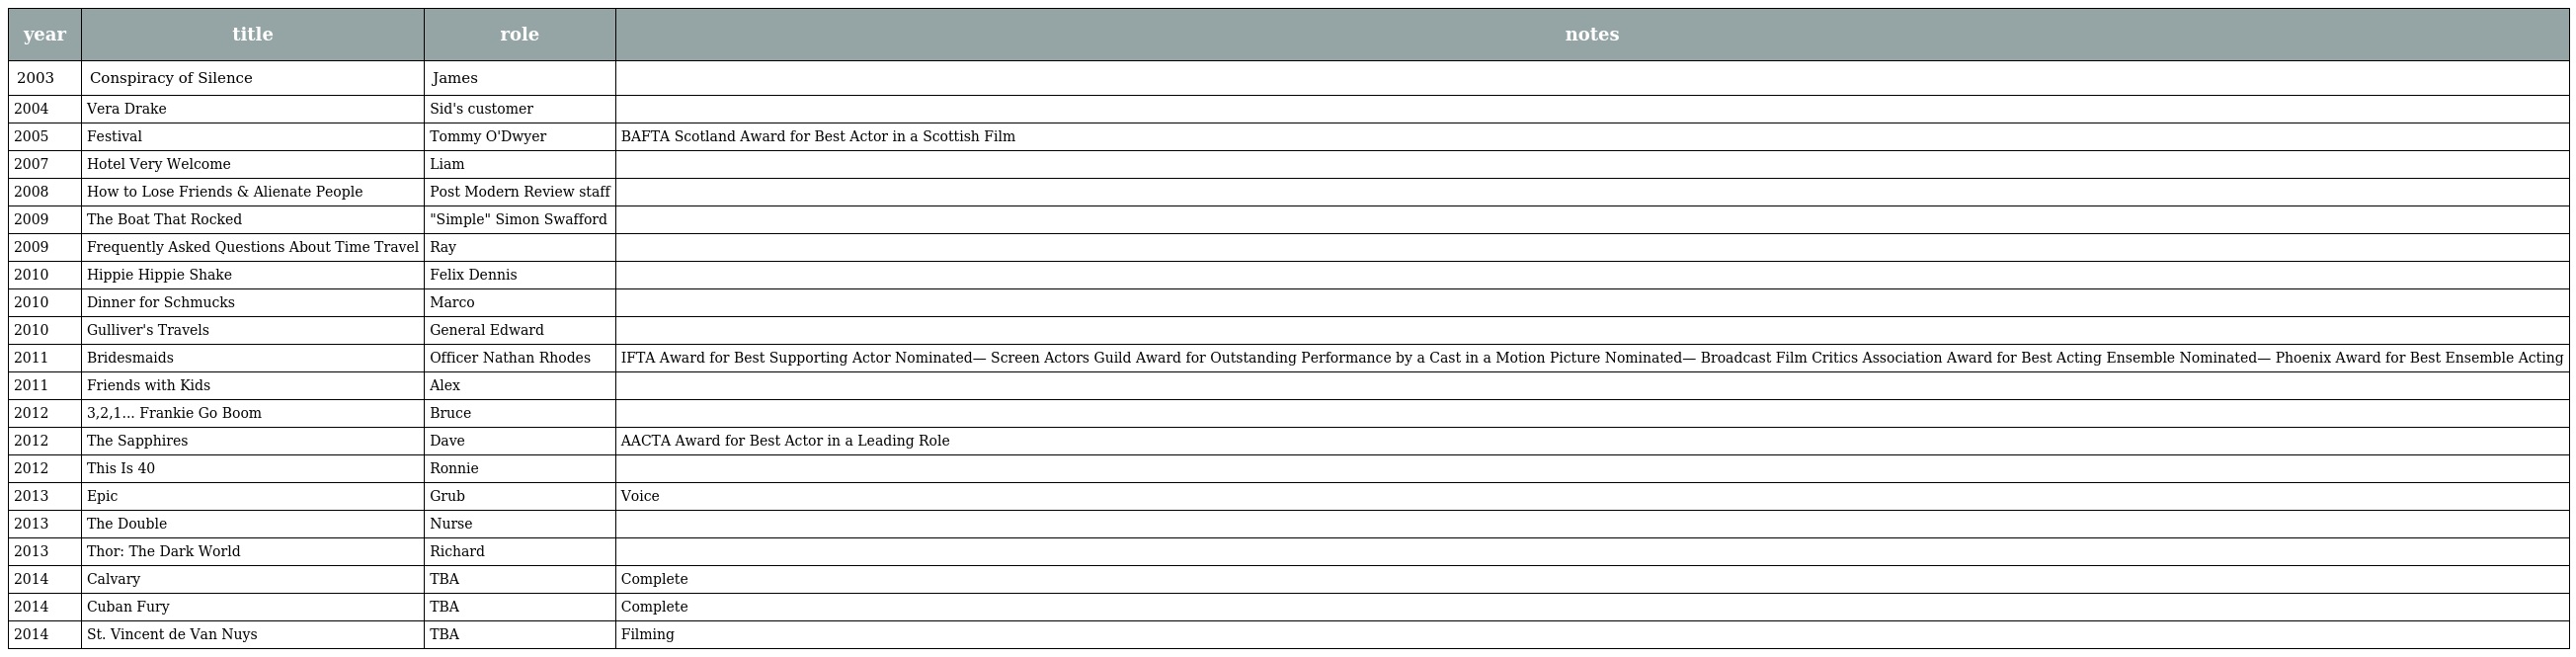
| year | title | role | notes |
 | --- | --- | --- | --- |
 | 2003 | Conspiracy of Silence | James |  |
 | 2004 | Vera Drake | Sid's customer |  |
 | 2005 | Festival | Tommy O'Dwyer | BAFTA Scotland Award for Best Actor in a Scottish Film |
 | 2007 | Hotel Very Welcome | Liam |  |
 | 2008 | How to Lose Friends & Alienate People | Post Modern Review staff |  |
 | 2009 | The Boat That Rocked | "Simple" Simon Swafford |  |
 | 2009 | Frequently Asked Questions About Time Travel | Ray |  |
 | 2010 | Hippie Hippie Shake | Felix Dennis |  |
 | 2010 | Dinner for Schmucks | Marco |  |
 | 2010 | Gulliver's Travels | General Edward |  |
 | 2011 | Bridesmaids | Officer Nathan Rhodes | IFTA Award for Best Supporting Actor Nominated— Screen Actors Guild Award for Outstanding Performance by a Cast in a Motion Picture Nominated— Broadcast Film Critics Association Award for Best Acting Ensemble Nominated— Phoenix Award for Best Ensemble Acting |
 | 2011 | Friends with Kids | Alex |  |
 | 2012 | 3,2,1... Frankie Go Boom | Bruce |  |
 | 2012 | The Sapphires | Dave | AACTA Award for Best Actor in a Leading Role |
 | 2012 | This Is 40 | Ronnie |  |
 | 2013 | Epic | Grub | Voice |
 | 2013 | The Double | Nurse |  |
 | 2013 | Thor: The Dark World | Richard |  |
 | 2014 | Calvary | TBA | Complete |
 | 2014 | Cuban Fury | TBA | Complete |
 | 2014 | St. Vincent de Van Nuys | TBA | Filming |